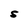
Character: s